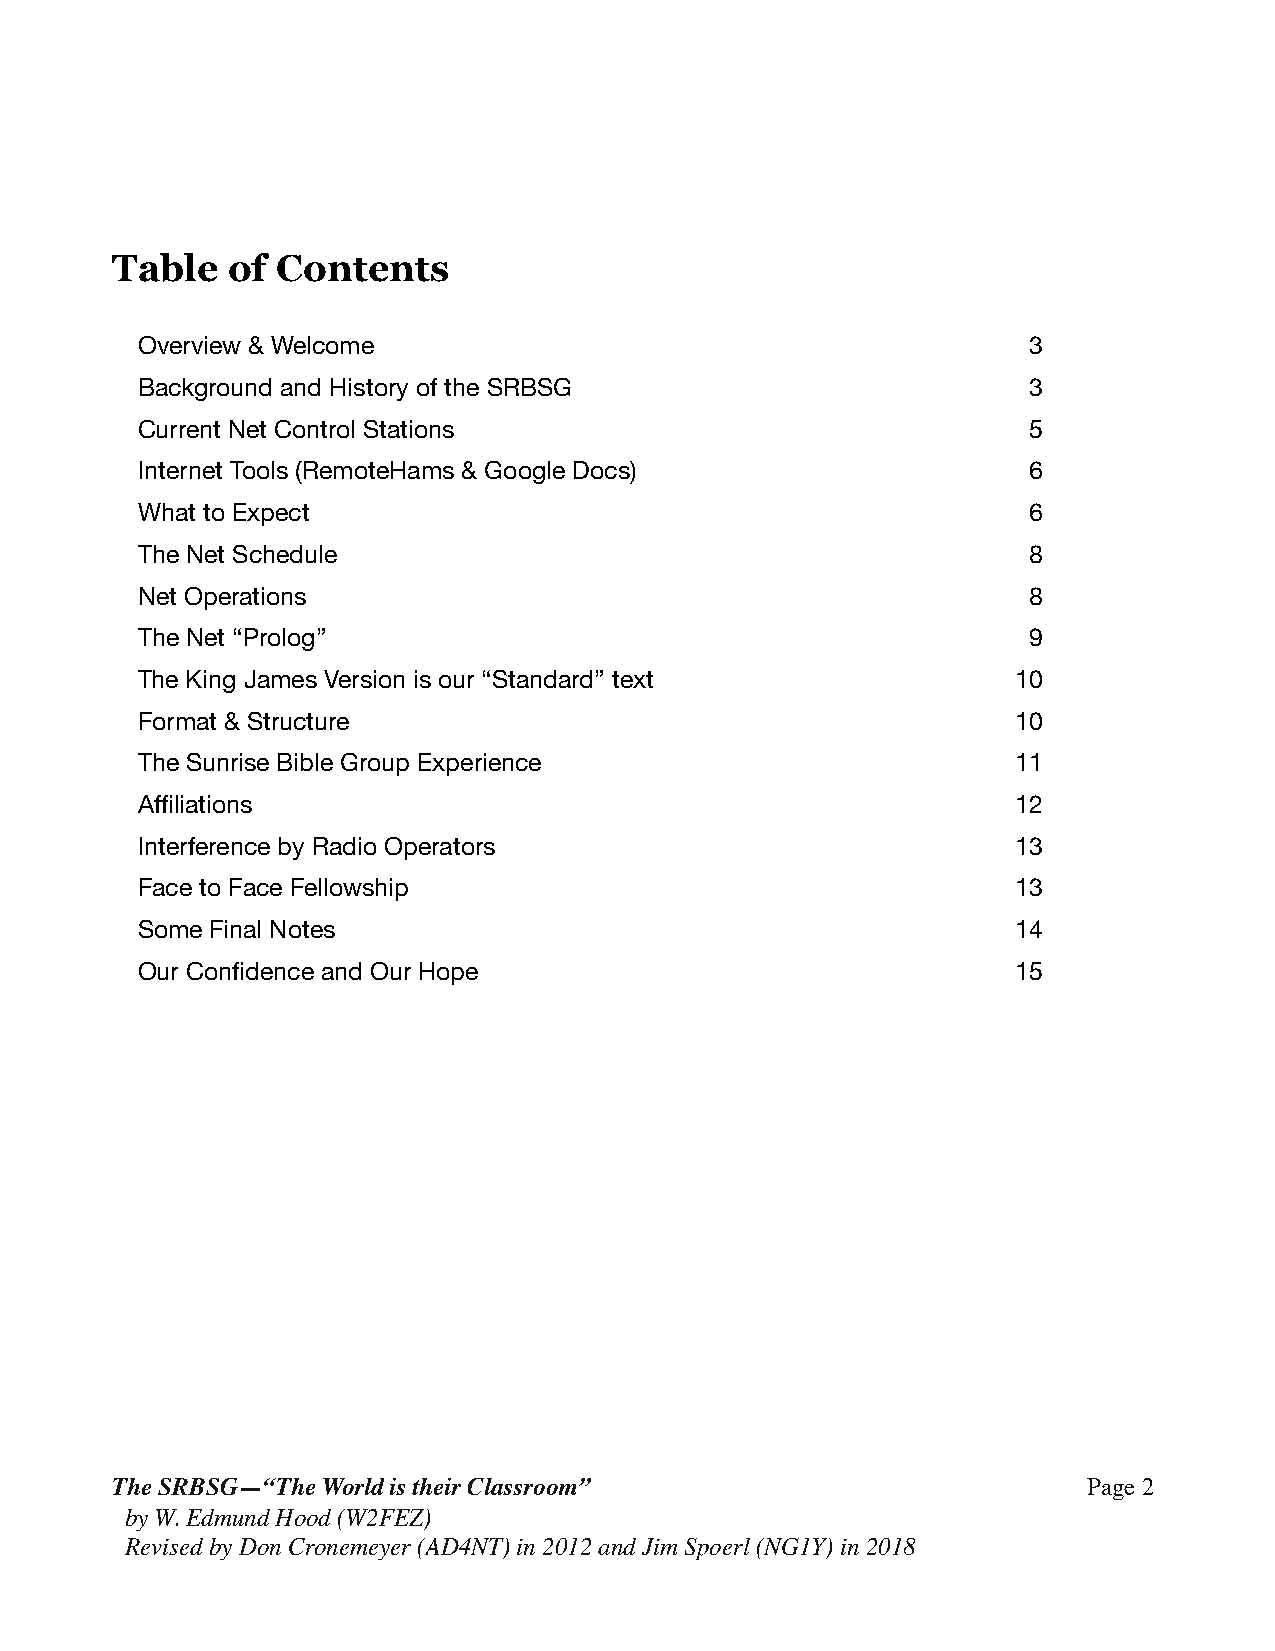
Table   of Contents
 Overview & Welcome                                         3
 Background and History of the SRBSG                        3
 Current Net Control Stations                               5
 Internet Tools (RemoteHams & Google Docs)                  6
 What to Expect                                             6
 The Net Schedule                                           8
 Net Operations                                             8
 The Net “Prolog”                                           9
 The King James Version is our “Standard” text             10
 Format & Structure                                        10
 The Sunrise Bible Group Experience                        11
 Affiliations                                              12
 Interference by Radio Operators                           13
 Face to Face Fellowship                                   13
 Some Final Notes                                          14
 Our Confidence and Our Hope                               15
 The SRBSG—“The World is their Classroom”                         Page !2
 by W. Edmund Hood (W2FEZ)
 Revised by Don Cronemeyer (AD4NT) in 2012 and Jim Spoerl (NG1Y) in 2018